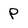
Character: p